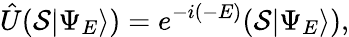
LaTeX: \hat{U}({\cal S}|\Psi_{E}\rangle)=e^{-i(-E)}({\cal S}|\Psi_{E}\rangle),